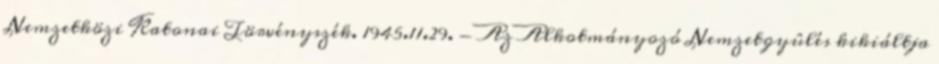
Nemzetközi Katonai Törvényszék. 1945.11.29. - Az Alkotmányozó Nemzetgyûlés kikiáltja